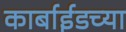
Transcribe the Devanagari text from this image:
कार्बाईडच्या